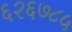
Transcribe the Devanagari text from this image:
६२६७८५